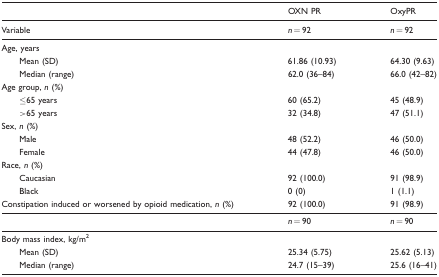
<table><thead><tr><td></td><td><b>OXN PR</b></td><td><b>OxyPR</b></td></tr><tr><td><b>Variable</b></td><td><b><i>n</i> = 92</b></td><td><b><i>n</i> = 92</b></td></tr></thead><tbody><tr><td>Age, years</td><td></td><td></td></tr><tr><td> Mean (SD)</td><td>61.86 (10.93)</td><td>64.30 (9.63)</td></tr><tr><td> Median (range)</td><td>62.0 (36–84)</td><td>66.0 (42–82)</td></tr><tr><td>Age group, <i>n</i> (%)</td><td></td><td></td></tr><tr><td> ≤65 years</td><td>60 (65.2)</td><td>45 (48.9)</td></tr><tr><td> &gt;65 years</td><td>32 (34.8)</td><td>47 (51.1)</td></tr><tr><td>Sex, <i>n</i> (%)</td><td></td><td></td></tr><tr><td> Male</td><td>48 (52.2)</td><td>46 (50.0)</td></tr><tr><td> Female</td><td>44 (47.8)</td><td>46 (50.0)</td></tr><tr><td>Race, <i>n</i> (%)</td><td></td><td></td></tr><tr><td> Caucasian</td><td>92 (100.0)</td><td>91 (98.9)</td></tr><tr><td> Black</td><td>0 (0)</td><td>1 (1.1)</td></tr><tr><td>Constipation induced or worsened by opioid medication, <i>n</i> (%)</td><td>92 (100.0)</td><td>91 (98.9)</td></tr><tr><td></td><td><b><i>n</i> = 90</b></td><td><b><i>n</i> = 90</b></td></tr><tr><td>Body mass index, kg/m<sup>2</sup></td><td></td><td></td></tr><tr><td> Mean (SD)</td><td>25.34 (5.75)</td><td>25.62 (5.13)</td></tr><tr><td> Median (range)</td><td>24.7 (15–39)</td><td>25.6 (16–41)</td></tr></tbody></table>